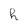
Character: h